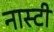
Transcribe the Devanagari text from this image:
नास्टी